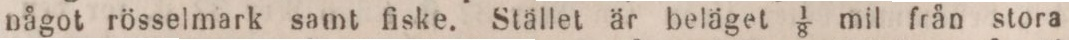
något rösselmark samt fiske. Stället är beläget 1/8 mil från stora